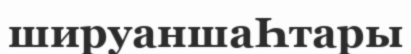
шируаншаҺтары